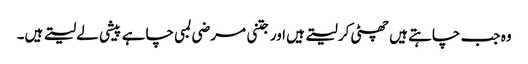
وہ جب چاہتے ہیں چھٹی کر لیتے ہیں اور جتنی مرضی لمبی چاہے پیشی لے لیتے ہیں۔